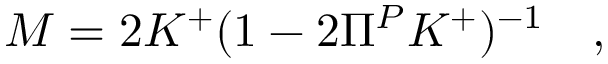
M = 2 K ^ { + } ( 1 - 2 \Pi ^ { P } K ^ { + } ) ^ { - 1 } \quad ,